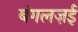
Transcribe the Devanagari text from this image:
बंगलज़ई